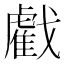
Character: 𢨘